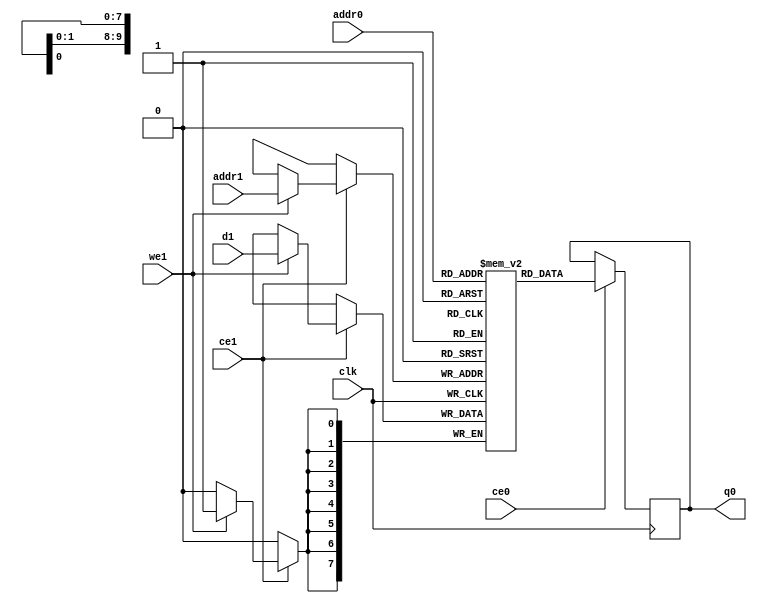
// ==============================================================
// Vivado(TM) HLS - High-Level Synthesis from C, C++ and SystemC v2020.1 (64-bit)
// Copyright 1986-2020 Xilinx, Inc. All Rights Reserved.
// ==============================================================
`timescale 1 ns / 1 ps
module ConvolutionInputGenerator1D_0_ConvolutionInputGbkb_ram (addr0, ce0, q0, addr1, ce1, d1, we1,  clk);

parameter DWIDTH = 8;
parameter AWIDTH = 10;
parameter MEM_SIZE = 784;

input[AWIDTH-1:0] addr0;
input ce0;
output reg[DWIDTH-1:0] q0;
input[AWIDTH-1:0] addr1;
input ce1;
input[DWIDTH-1:0] d1;
input we1;
input clk;

(* ram_style = "block" *)reg [DWIDTH-1:0] ram[0:MEM_SIZE-1];




always @(posedge clk)  
begin 
    if (ce0) begin
        q0 <= ram[addr0];
    end
end


always @(posedge clk)  
begin 
    if (ce1) begin
        if (we1) 
            ram[addr1] <= d1; 
    end
end


endmodule

`timescale 1 ns / 1 ps
module ConvolutionInputGenerator1D_0_ConvolutionInputGbkb(
    reset,
    clk,
    address0,
    ce0,
    q0,
    address1,
    ce1,
    we1,
    d1);

parameter DataWidth = 32'd8;
parameter AddressRange = 32'd784;
parameter AddressWidth = 32'd10;
input reset;
input clk;
input[AddressWidth - 1:0] address0;
input ce0;
output[DataWidth - 1:0] q0;
input[AddressWidth - 1:0] address1;
input ce1;
input we1;
input[DataWidth - 1:0] d1;



ConvolutionInputGenerator1D_0_ConvolutionInputGbkb_ram ConvolutionInputGenerator1D_0_ConvolutionInputGbkb_ram_U(
    .clk( clk ),
    .addr0( address0 ),
    .ce0( ce0 ),
    .q0( q0 ),
    .addr1( address1 ),
    .ce1( ce1 ),
    .we1( we1 ),
    .d1( d1 ));

endmodule